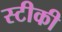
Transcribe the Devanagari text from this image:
स्टीकी